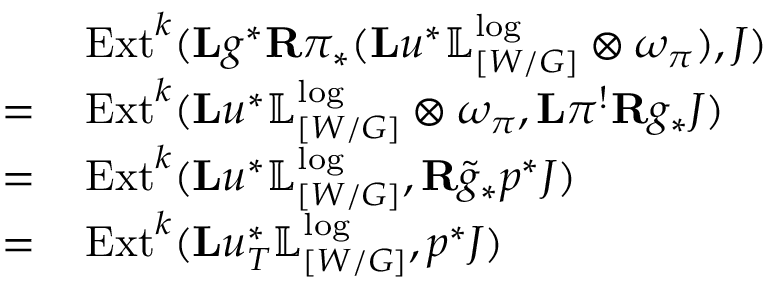
\begin{array} { r l r } & { \mathrm { E x t } ^ { k } ( \mathbf { L } g ^ { * } \mathbf { R } \pi _ { * } ( \mathbf { L } u ^ { * } \mathbb { L } _ { [ W / G ] } ^ { \log } \otimes \omega _ { \pi } ) , J ) } & \\ { = \, } & { \mathrm { E x t } ^ { k } ( \mathbf { L } u ^ { * } \mathbb { L } _ { [ W / G ] } ^ { \log } \otimes \omega _ { \pi } , \mathbf { L } \pi ^ { ! } \mathbf { R } g _ { * } J ) } \\ { = \, } & { \mathrm { E x t } ^ { k } ( \mathbf { L } u ^ { * } \mathbb { L } _ { [ W / G ] } ^ { \log } , \mathbf { R } \tilde { g } _ { * } p ^ { * } J ) } \\ { = \, } & { \mathrm { E x t } ^ { k } ( \mathbf { L } u _ { T } ^ { * } \mathbb { L } _ { [ W / G ] } ^ { \log } , p ^ { * } J ) } \end{array}